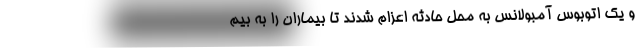
و یک اتوبوس آمبولانس به محل حادثه اعزام شدند تا بیماران را به بیم